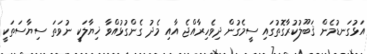
އަޅުގަނޑުމެން ޤަބޫލުކުރާގޮތުގައި ސީމެގުން ދިވެހިރާއްޖެ އާއި މެދު ގެންގުޅުއްވާ ޚިޔާލަކީ ނުވަތަ ސިޔާސަތަކީ